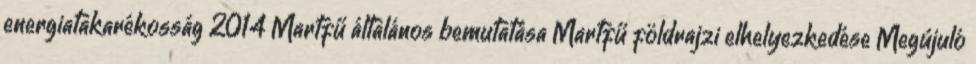
energiatakarékosság 2014 Martfű általános bemutatása Martfű földrajzi elhelyezkedése Megújuló